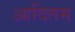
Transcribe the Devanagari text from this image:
आदितम